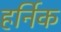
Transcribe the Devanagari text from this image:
हर्निक